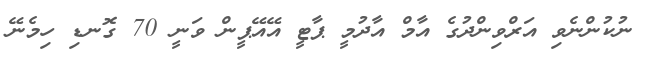
ނުކުންނެވި އަރްވިންދުގެ އާމް އާދުމީ ޕާޓީ އޭއޭޕީން ވަނީ 70 ގޮނޑި ހިމެނޭ